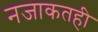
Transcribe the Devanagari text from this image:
नजाकतही